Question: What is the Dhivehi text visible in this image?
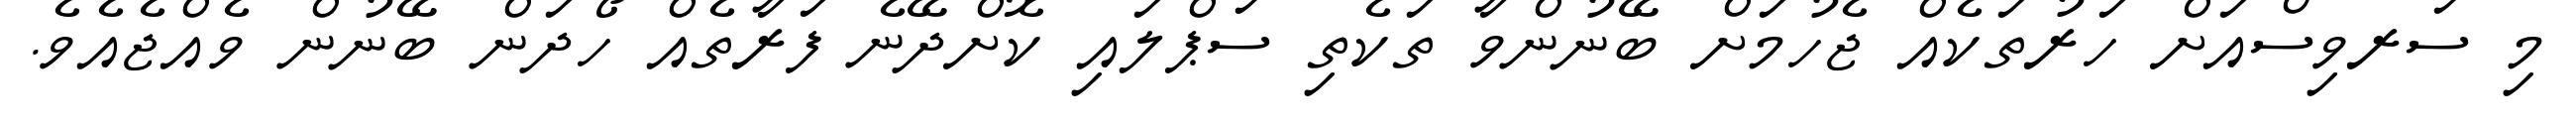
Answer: މި ސަރވިސްއަށް ހަރުތަކެއް ޖެހުމަށް ބޭނުންވާ ތަކެތި ސަޕްލައި ކޮށްދޭނެ ފަރާތެއް ހޯދަން ބޭނުން ވެއްޖެއެވެ.